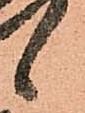
候